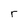
Character: r